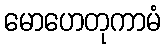
မောဟေတုကာမံ